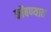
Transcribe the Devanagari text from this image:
कोंबण्यात